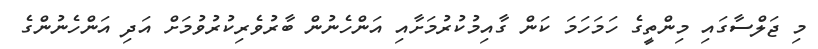
މި ޖަލްސާގައި މިންތީގެ ހަމަހަމަ ކަން ގާއިމުކުރުމަށާއި އަންހެނުން ބާރުވެރިކުރުވުމަށް އަދި އަންހެނުންގެ